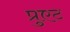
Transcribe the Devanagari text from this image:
प्रुएट